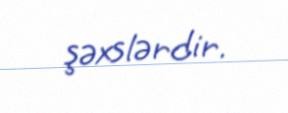
şəxslərdir.